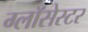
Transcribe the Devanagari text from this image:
ग्लॉसेस्टर